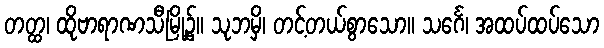
တတ္ထ၊ ထိုဗာရာဏသီမြို့၌။ သုဘမှိ၊ တင့်တယ်စွာသော။ သင်္ဂေ၊ အထပ်ထပ်သော